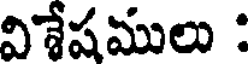
విశేషములు :